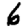
Digit: 6